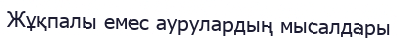
Жұқпалы емес аурулардың мысалдары